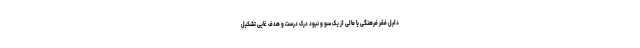
دلیل فقر فرهنگی یا مالی از یک سو و نبود درک درست و هدف غایی تشکیل